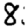
Digit: 8